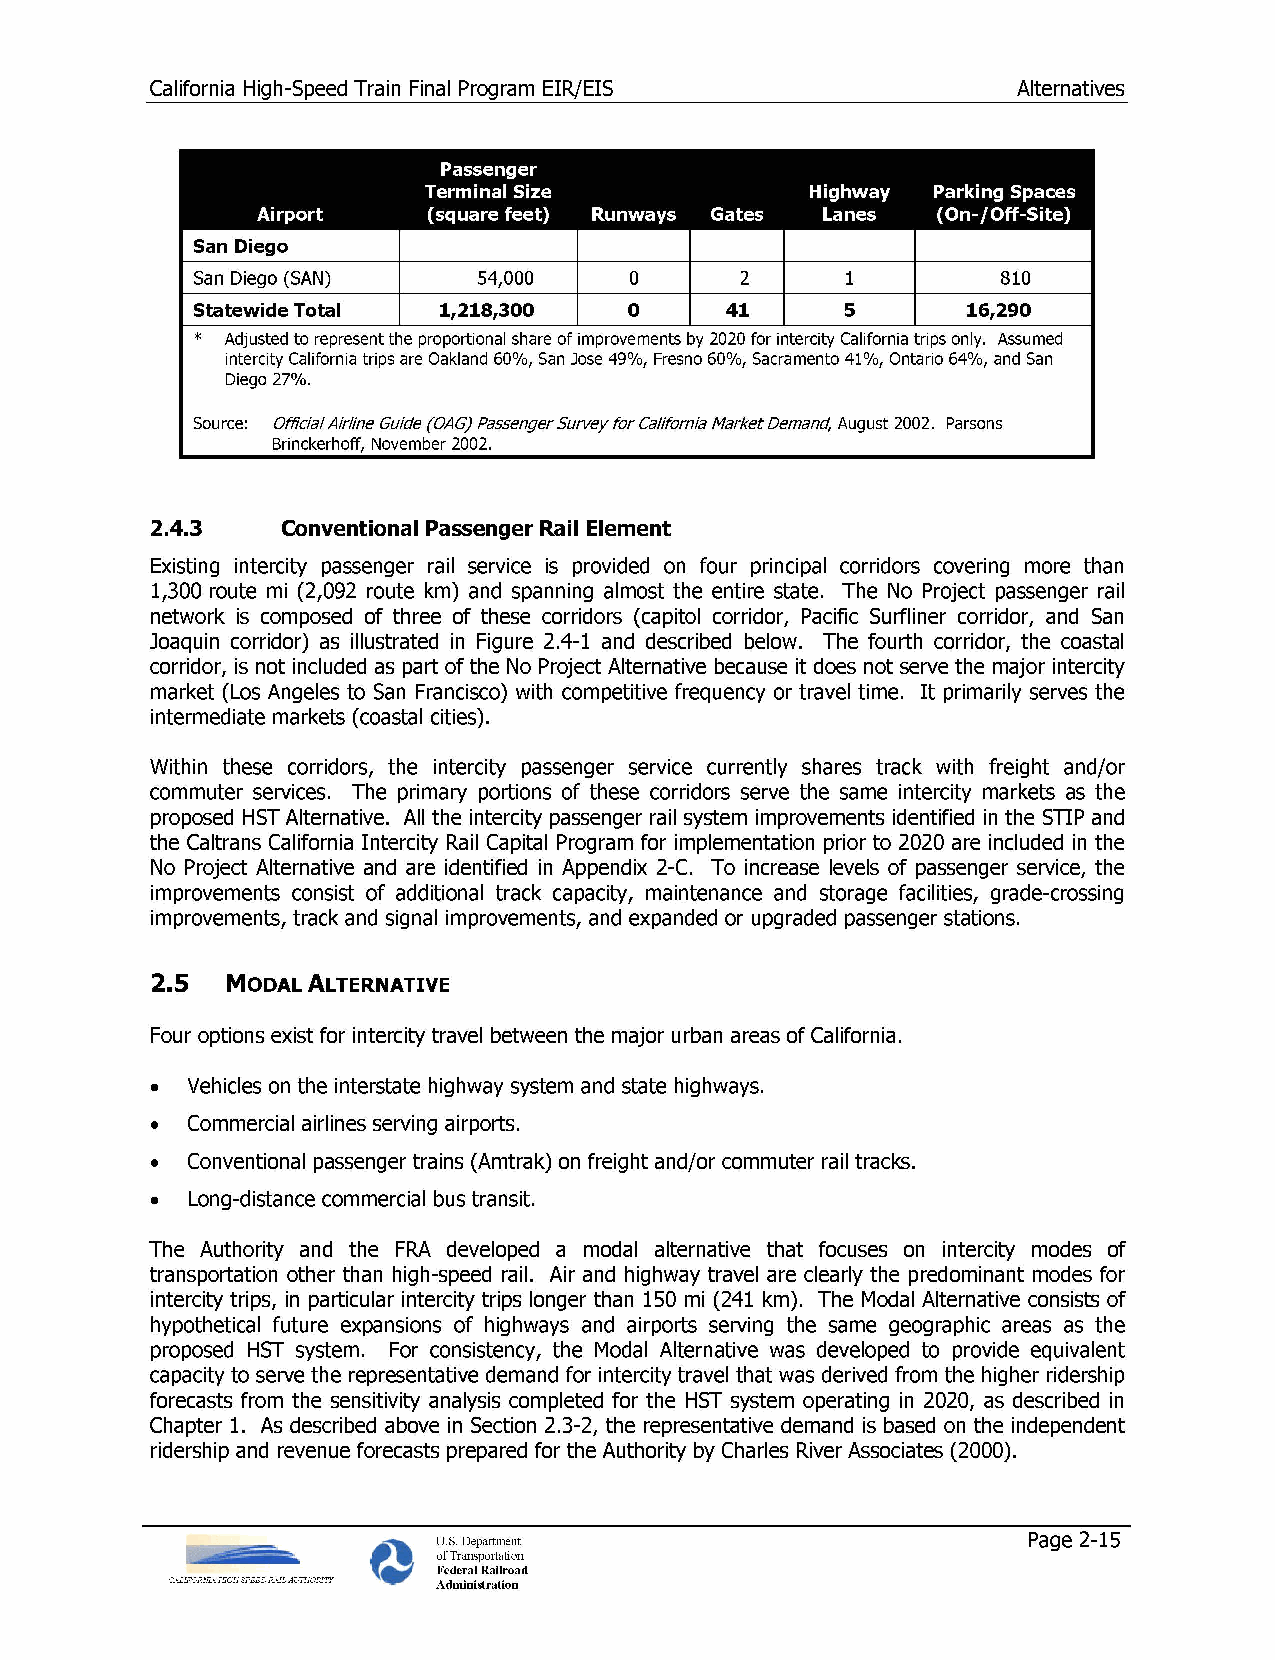
California High-Speed Train Final Program EIR/EIS        Alternatives
 Passenger
 Terminal Size             Highway Parking Spaces
 Airport    (square feet) Runways Gates Lanes (On-/Off-Site)
 San Diego
 San Diego (SAN)    54,000    0      2      1         810
 Statewide Total 1,218,300    0     41      5       16,290
 * Adjusted to represent the proportional share of improvements by 2020 for intercity California trips only. Assumed
 intercity California trips are Oakland 60%, San Jose 49%, Fresno 60%, Sacramento 41%, Ontario 64%, and San
 Diego 27%.
 Source: Official Airline Guide (OAG) Passenger Survey for California Market Demand, August 2002. Parsons
 Brinckerhoff, November 2002.
 2.4.3    Conventional Passenger Rail Element
 Existing intercity passenger rail service is provided on four principal corridors covering more than
 1,300 route mi (2,092 route km) and spanning almost the entire state. The No Project passenger rail
 network is composed of three of these corridors (capitol corridor, Pacific Surfliner corridor, and San
 Joaquin corridor) as illustrated in Figure 2.4-1 and described below. The fourth corridor, the coastal
 corridor, is not included as part of the No Project Alternative because it does not serve the major intercity
 market (Los Angeles to San Francisco) with competitive frequency or travel time. It primarily serves the
 intermediate markets (coastal cities).
 Within these corridors, the intercity passenger service currently shares track with freight and/or
 commuter services. The primary portions of these corridors serve the same intercity markets as the
 proposed HST Alternative. All the intercity passenger rail system improvements identified in the STIP and
 the Caltrans California Intercity Rail Capital Program for implementation prior to 2020 are included in the
 No Project Alternative and are identified in Appendix 2-C. To increase levels of passenger service, the
 improvements consist of additional track capacity, maintenance and storage facilities, grade-crossing
 improvements, track and signal improvements, and expanded or upgraded passenger stations.
 2.5
 MODAL ALTERNATIVE
 Four options exist for intercity travel between the major urban areas of California.
 • Vehicles on the interstate highway system and state highways.
 • Commercial airlines serving airports.
 • Conventional passenger trains (Amtrak) on freight and/or commuter rail tracks.
 • Long-distance commercial bus transit.
 The Authority and the FRA developed a modal alternative that focuses on intercity modes of
 transportation other than high-speed rail. Air and highway travel are clearly the predominant modes for
 intercity trips, in particular intercity trips longer than 150 mi (241 km). The Modal Alternative consists of
 hypothetical future expansions of highways and airports serving the same geographic areas as the
 proposed HST system. For consistency, the Modal Alternative was developed to provide equivalent
 capacity to serve the representative demand for intercity travel that was derived from the higher ridership
 forecasts from the sensitivity analysis completed for the HST system operating in 2020, as described in
 Chapter 1. As described above in Section 2.3-2, the representative demand is based on the independent
 ridership and revenue forecasts prepared for the Authority by Charles River Associates (2000).
 U.S. Department                        Page 2-15
 of Transportation
 Federal Railroad
 Administration